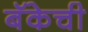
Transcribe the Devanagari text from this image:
बॅकेची